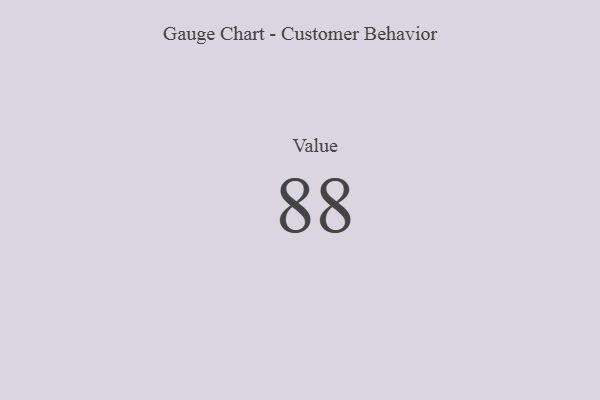
{"axis": {"x": "Metric", "y": "Value"}, "legend": [""], "data": [{"x": "Value", "y": 88, "type": ""}]}